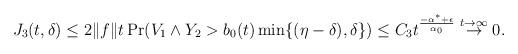
LaTeX: \begin{align*} J_3(t,\delta) & \leq 2\|f\| t \Pr(V_1\wedge Y_2>b_0(t)\min\{(\eta-\delta),\delta\}) \leq C_{3} t^{\frac{-\alpha^{*}+\epsilon}{\alpha_0}} \stackrel{t\to\infty}{\to}0.\end{align*}